Civil Veterinary Dept. Bombay admin report 1914-1922 - 1914-1922
Year: 1914
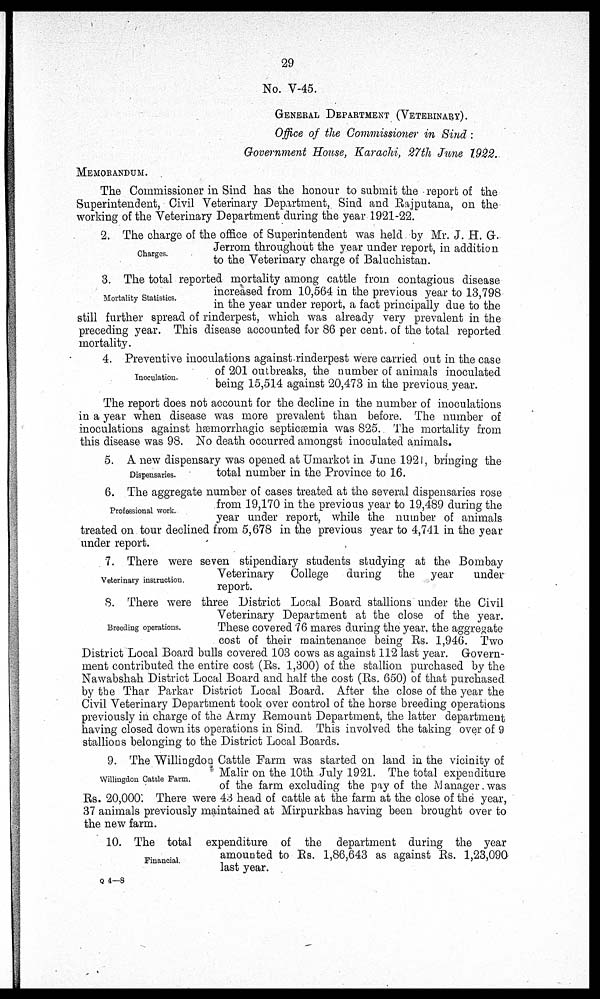
29
No. V-45.
GENERAL DEPARTMENT (VETERINARY).
Office of the Commissioner in Sind :
Government House, Karachi, 27th June 1922.
MEMORANDUM.
The Commissioner in Sind has the honour to submit the report of the
Superintendent, Civil Veterinary Department, Sind and Rajputana, on the
working of the Veterinary Department during the year 1921-22.
Charges.
2. The charge of the office of Superintendent was held by Mr. J. H. G.
Jerrom throughout the year under report, in addition
to the Veterinary charge of Baluchistan.
Mortality Statistics.
3. The total reported mortality among cattle from contagious disease
increased from 10,564 in the previous year to 13,798
in the year under report, a fact principally due to the
still further spread of rinderpest, which was already very prevalent in the
preceding year. This disease accounted for 86 per cent. of the total reported
mortality.
Inoculation.
4. Preventive inoculations against rinderpest were carried out in the case
of 201 outbreaks, the number of animals inoculated
being 15,514 against 20,473 in the previous year.
The report does not account for the decline in the number of inoculations
in a year when disease was more prevalent than before. The number of
inoculations against Hæmorrhagic Septicæmia was 825. The mortality from
this disease was 98. No death occurred amongst inoculated animals.
Dispensaries.
5. A new dispensary was opened at Umarkot in June 1921, bringing the
total number in the Province to 16.
Professional work.
6. The aggregate number of cases treated at the several dispensaries rose
from 19,170 in the previous year to 19,489 during the
year under report, while the number of animals
treated on tour declined from 5,678 in the previous year to 4,741 in the year
under report.
Veterinary instruction.
7. There were seven stipendiary students studying at the Bombay
Veterinary College during the year
under
report.
Breeding operations.
8. There were three District Local Board stallions under the Civil
Veterinary Department at the close of the year.
These covered 76 mares during the year, the aggregate
cost of their maintenance being Rs. 1,946. Two
District Local Board bulls covered 103 cows as against 112 last year. Govern-
ment contributed the entire cost (Rs. 1,300) of the stallion purchased by the
Nawabshah District Local Board and half the cost (Rs. 650) of that purchased
by the Thar Parkar District Local Board. After the close of the year the
Civil Veterinary Department took over control of the horse breeding operations
previously in charge of the Army Remount Department, the latter department
having closed down its operations in Sind. This involved the taking over of 9
stallions belonging to the District Local Boards.
Willingdon Cattle Farm.
9. The Willingdon Cattle Farm was started on land in the vicinity of
Malir on the 10th July 1921. The total expenditure
of the farm excluding the pay of the Manager. was
Rs. 20,000. There were 43 head of cattle at the farm at the close of the year,
37 animals previously maintained at Mirpurkhas having been brought over to
the new farm.
Financial.
10. The total expenditure of the department during the year
amounted to Rs. 1,86,643 as against Rs. 1,23,090
last year.
Q 4—8